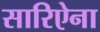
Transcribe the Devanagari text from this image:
सारिऐना